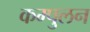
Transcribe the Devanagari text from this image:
कम्पुलन